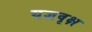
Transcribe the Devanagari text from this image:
यज्ञवृक्ष